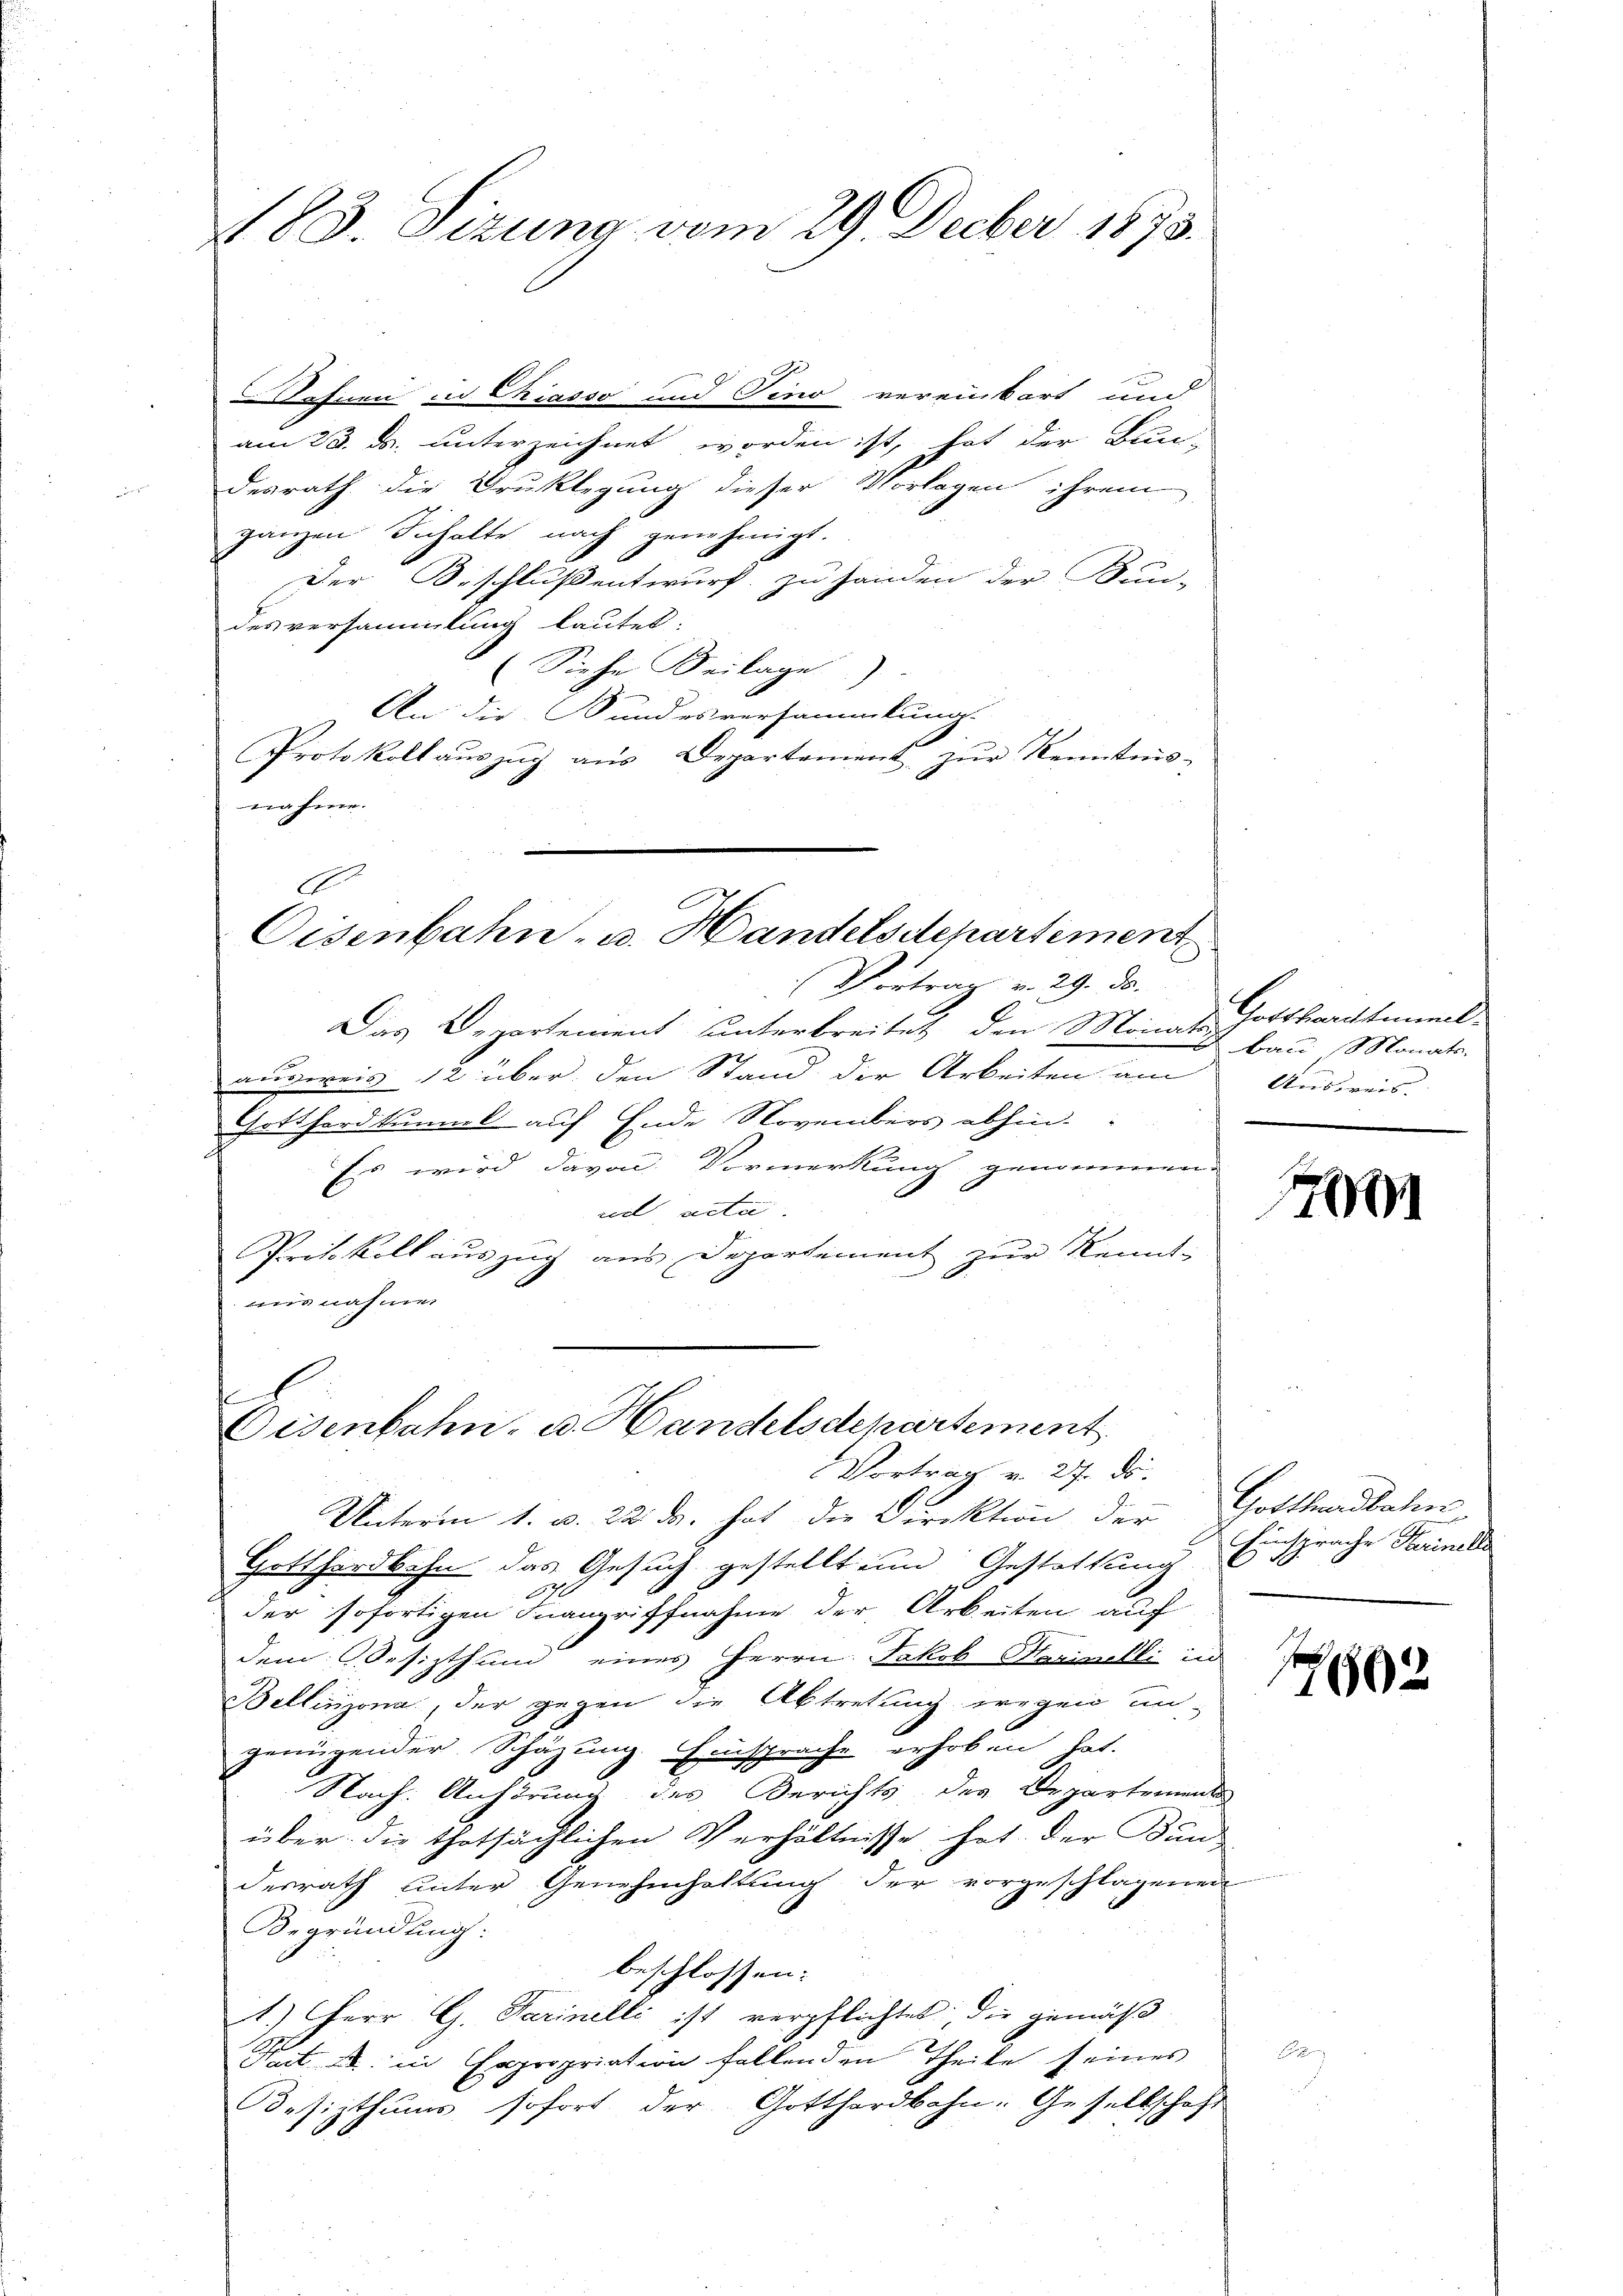
183. Sizung vom 29. Decber 1873.

ohnen in Chiasso und Sino vereinbart und
am 28. ds. unterzeichnet worden ist, hat der Bun-
desrath die Druklegung dieser Vorlagen ihrem
ganzen Inhalte nach genehmigt.
Der Beschluß entwurf zu Händen der Bun-
des versammlung lautet.
Siehe Beilage)
An die Bundesversammlung.
Protokoll aŭszŭg aŭs Departement zŭr Kenntnis-
nahme.
Vortrag v. 29. Ja.
Das Departement unterbreitet den Monatist bau Monats-
ausweis 12 über den Stand der Arbeiten am Ausweis.
Gotthardkummt auf Ende Novembers abhin.
Es wird davon Vormerkung genommen.
ud acta
p
Protokoll auszug aus Departement zur Kennt-
isnahmen
t
Oisenbahn- u. Handelsdepartement
Vortrag v. 27. ds.
Unterm 1. v. 22. d. hat die Direktion der Gotthardbahn
Gotthardbahn das Gesuch gestellt ein Gestattung Einsprache Herinell
1
der sofortigen Inangriffnahme der Arbeiten auf
dem Besizthum eines Herrn Jakob Mariselli in
Bellinzona, der gegen die Abtretung wegen un-
genügender Schäzung Einsprache erhoben hat.
Nach Anhörung des Berichts der Departemens
über die thatsächlichen Verhältnisse hat der Bundesrath unter Genehmhaltung der vorgeschlagenen
Begründung:
beschlossen:
1.) Herr G. Sarinelli ist verpflichtet; die gemäß
Nart u. in Expropriation fallenden Theile seines
esizthums sofort der Gotthardbahn: Gesellschaft

E
Eisenbahn- u. Handelsdepartement

Gotthardtmmel

F

1602